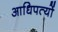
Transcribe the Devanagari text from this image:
आधिपत्यों